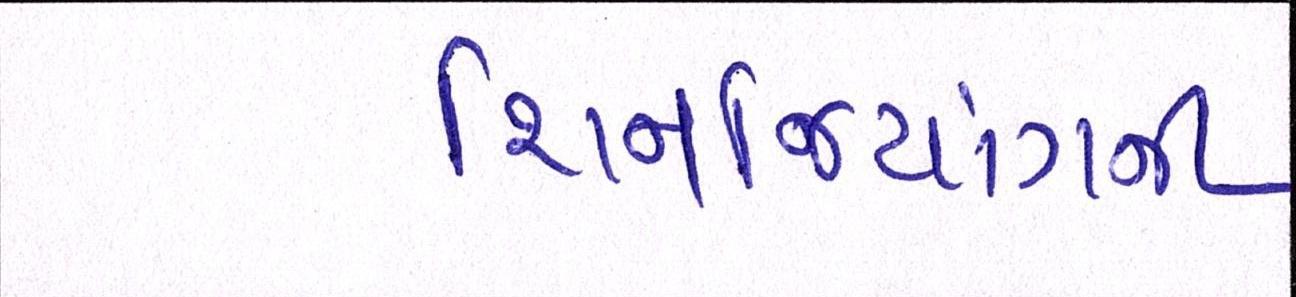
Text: શિનજિયાંગની